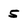
Character: 5